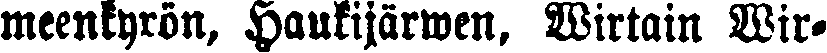
meenkyrön, Haukijärwen, Wirtain Wir-